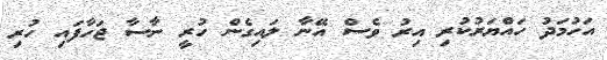
އަހުމަދު ހައްޔަރުކުރި އިރު ވެސް އޭނާ ލައިގެން ހުރީ ނާސާ ޖަހާފައި ހުރި